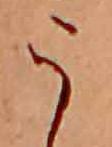
う